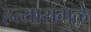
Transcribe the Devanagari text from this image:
हत्यारांमुळे